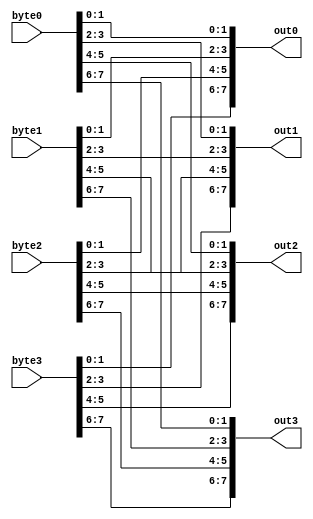
module interleaver(
input [7:0] byte0,
input [7:0] byte1,
input [7:0] byte2,
input [7:0] byte3, 
output [7:0] out0,
output [7:0] out1,
output [7:0] out2,
output [7:0] out3
);

assign out0 ={byte3[1:0],byte2[1:0],byte1[1:0],byte0[1:0]};
assign out1 ={byte3[3:2],byte2[3:2],byte1[3:2],byte0[3:2]};
assign out2 ={byte3[5:4],byte2[5:4],byte1[5:4],byte0[5:4]};
assign out3 ={byte3[7:6],byte2[7:6],byte1[7:6],byte0[7:6]};
endmodule